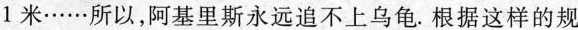
1米……所以，阿基里斯永远追不上乌龟。根据这样的规